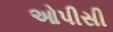
ઓપીસી